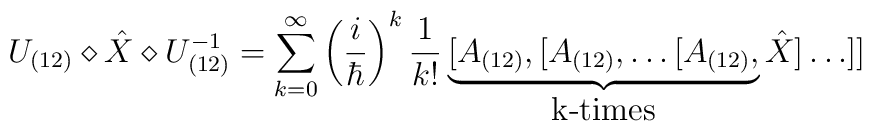
U_{(12)}\diamond  \hat{X} \diamond  U_{(12)}^{-1} = \sum _{k=0}^\infty \left(\frac{i}{\hbar}\right)^k \frac{1}{k!}\underbrace{[A_{(12)},[A_{(12)},\ldots[A_{(12)},}_{\mbox{k-times}} \hat{X}]\ldots]]